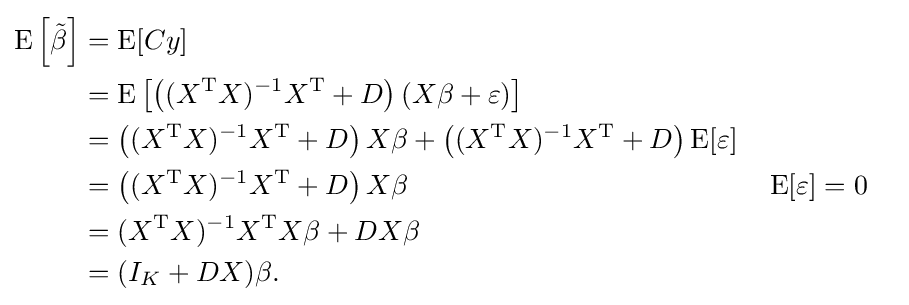
{\begin{aligned}\operatorname {E} \left[{\tilde {\beta }}\right]&=\operatorname {E} [Cy]\\&=\operatorname {E} \left[\left((X^{\operatorname {T} }X)^{-1}X^{\operatorname {T} }+D\right)(X\beta +\varepsilon )\right]\\&=\left((X^{\operatorname {T} }X)^{-1}X^{\operatorname {T} }+D\right)X\beta +\left((X^{\operatorname {T} }X)^{-1}X^{\operatorname {T} }+D\right)\operatorname {E} [\varepsilon ]\\&=\left((X^{\operatorname {T} }X)^{-1}X^{\operatorname {T} }+D\right)X\beta &&\operatorname {E} [\varepsilon ]=0\\&=(X^{\operatorname {T} }X)^{-1}X^{\operatorname {T} }X\beta +DX\beta \\&=(I_{K}+DX)\beta .\\\end{aligned}}